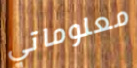
معلوماتي